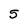
Character: 5